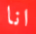
انا